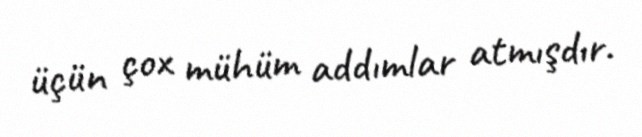
üçün çox mühüm addımlar atmışdır.